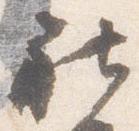
社